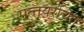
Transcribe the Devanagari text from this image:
मत्‍तयरचित